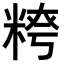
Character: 𥺭